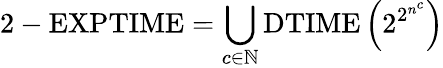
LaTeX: {\mathrm{2-EXPTIME}}=\bigcup_{c\in\mathbb{N}}{\mathrm{DTIME}}\left(2^{2^{n^{c}}}\right)